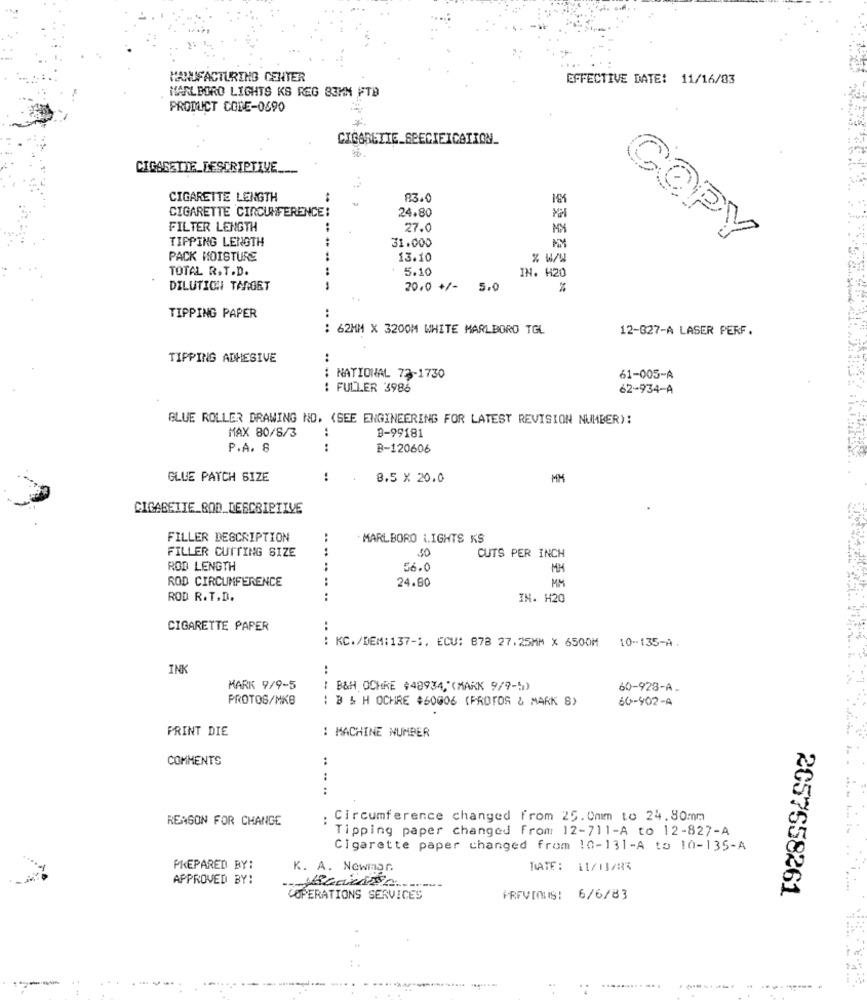
MANUFACTURING CENTER
EFFECTIVE DATE: 11/16/83
MARLBORO LIGHTS KS REG 83MM FTD
PRODUCT CODE-0690
CIGARETTE_DESCRIPTIVE.
CIGARETTE LENGTH
83.0
161
CIGARETTE CIRCUMFERENCE:
24.80
FILTER LENGTH
27.
MX
TIPPING LENGTH
31.000
COPY
PACK MOISTURE
13.10
% w/w
TOTAL R.T.D.
5.10
IN. H20
DILUTION TARGET
20.0 +/-
5.0
%
TIPPING PAPER
: 62MM X 3200M WHITE MARLBORO TGL
12-627-A LASER PERF.
TIPPING ADHESIVE
: NATIONAL 73-1730
61-005-A
: FULLER 3986
62-934-A
BLUE ROLLER DRAWING NO. (SEE ENGINEERING FOR LATEST REVISION NUMBER):
8-99181
MAX 80/8/3
:
P.A. Ş
:
B-120606
GLUE PATCH SIZE
8.5 X 20.0
MM
CIGABEIIE_BOD_DESCRIPTIVE
FILLER DESCRIPTION
:
MARLBORO LIGHTS KS
FILLER CUTTING SIZE
30
CUTS PER INCH
ROD LENGTH
56.0
MH
ROD CIRCUMFERENCE
24.80
MM
ROD R.T.D.
IN. H20
CIGARETTE PAPER
:
: KC./DEM:137 -;, ECU: 878 27.25MM × 6500M 10-135-A.
INK
:
MARK 9/9-5
( B&H OCHRE #48934,"(MARK 9/9-5)
60-928-A.
PROTOS/MKB
: B & H OCHRE #60006 (PROTOS & MARK 8)
60-902-A
PRINT DIE
: MACHINE NUMBER
COMMENTS
.. .. .
REASON FOR CHANGE
. Circumference changed from 25. 0mm to 24.80mm
Tipping paper changed from 12-711-A to 12-827-A
Cigarette paper changed from 10-131-A to 10-135-A
--... ..
PREPARED BY:
K. A. Newman
DATE: 11/13/83
APPROVED BY:
2057658261
COPERATIONS SERVICES
PREVIOUS: 6/6/83
7a
..